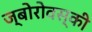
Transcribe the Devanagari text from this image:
ज्बोरोवस्की